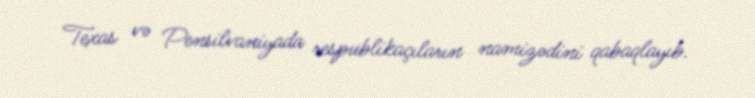
Texas və Pensilvaniyada respublikaçıların namizədini qabaqlayıb.